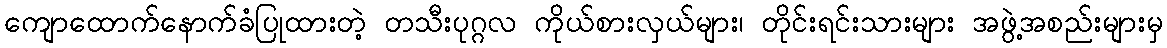
ကျောထောက်နောက်ခံပြုထားတဲ့ တသီးပုဂ္ဂလ ကိုယ်စားလှယ်များ၊ တိုင်းရင်းသားများ အဖွဲ့အစည်းများမှ